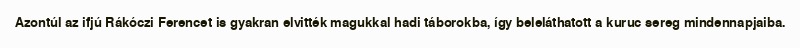
Azontúl az ifjú Rákóczi Ferencet is gyakran elvitték magukkal hadi táborokba, így beleláthatott a kuruc sereg mindennapjaiba.